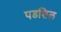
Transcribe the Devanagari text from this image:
पडशिल